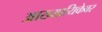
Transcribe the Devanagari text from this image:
आख्यायिकेवर